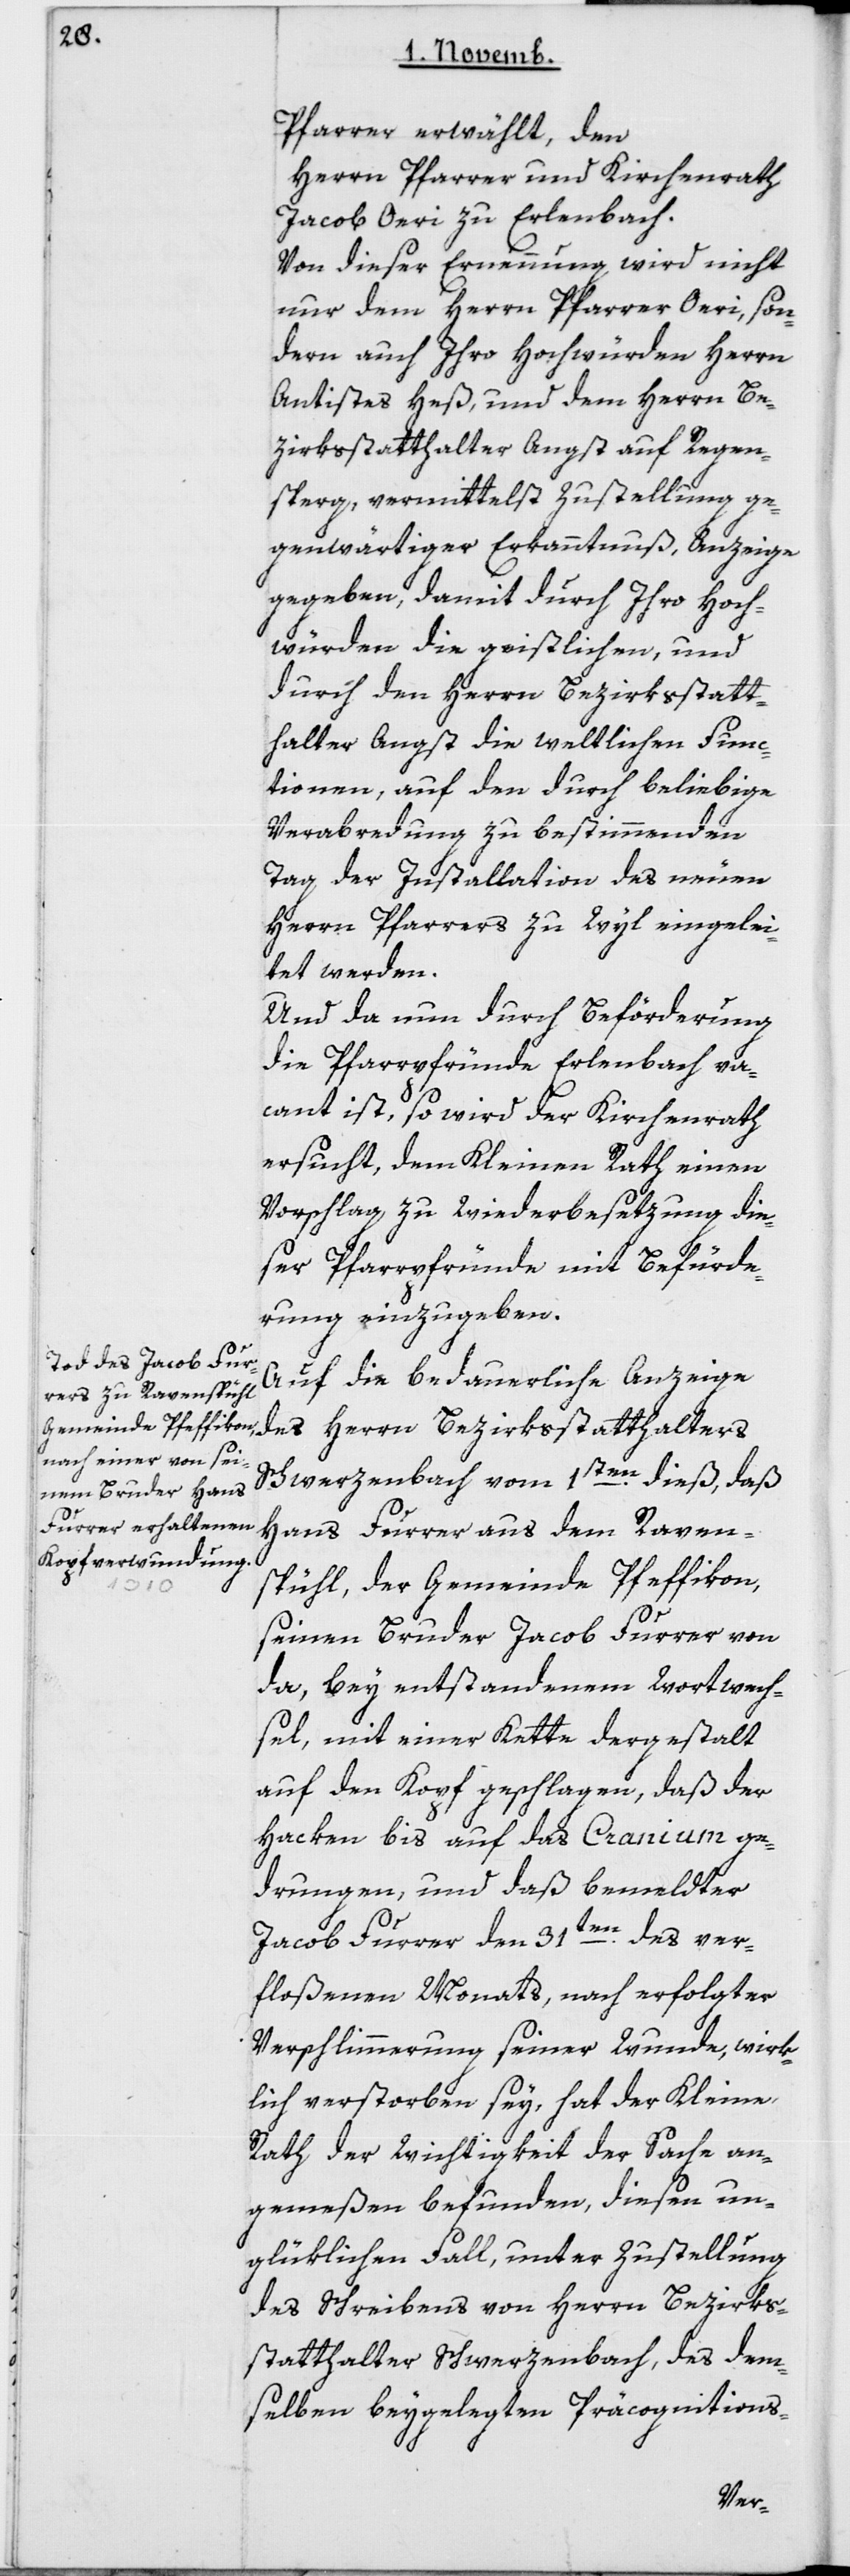
Pfarrer erwählt den
Herrn Pfarrer und Kirchenrath
Jacob Oeri zu Erlenbach.
Von dieser Ernennung wird nicht
nur dem Herrn Pfarrer Oeri, son¬
dern auch Ihro Hochwürden Herrn
Antistes Heß und dem Herrn Be¬
zirksstatthalter Angst auf Regen¬
sberg, vermittelst Zustellung ge¬
genwärtiger Erkanntnuß, Anzeige
gegeben, damit durch Ihro Hoch¬
würden die Geistlichen, und
durch den Herrn Bezirksstatt¬
halter Angst die weltlichen Func¬
tionen, auf den durch beliebige
Verabredung zu bestimmenden
Tag der Installation des neuen
Herrn Pfarrers zu Wyl eingelei¬
tet werden.
Und da nun durch Beförderung
die Pfarrpfründe Erlenbach va¬
cant ist, so wird der Kirchenrath
ersucht, dem Kleinen Rath einen
Vorschlag zu Wiederbesetzung die¬
ser Pfarrpfründe mit Befürde¬
rung einzugeben.
Auf die bedauerliche Anzeige
des Herrn Bezirksstatthalters
Schwerzenbach vom 1sten dieß, daß
Hans Furrer aus dem Raven¬
spühl, der Gemeinde Pfäffikon,
seinen Bruder Jacob Furrer von
da, bey entstandenem Wortwech¬
sel mit einer Kette dergestalt
auf den Kopf geschlagen, daß der
Haken bis auf das Cranium ge¬
drungen, und daß bemeldter
Jacob Furrer den 31ten des ver¬
floßenen Monats, nach erfolgter
Verschlimmerung seiner Wunde, wirk¬
lich verstorben sey, hat der Kleine
Rath der Wichtigkeit der Sache an¬
gemeßen befunden, diesen un¬
glüklichen Fall, unter Zustellung
des Schreibens von Herrn Bezirks¬
statthalter Schwerzenbach, des dem¬
selben beygelegten Präcognitions-